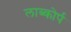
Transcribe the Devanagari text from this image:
लाब्कोर्प